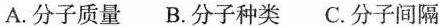
A.分子质量 B.分子种类 C.分子间隔